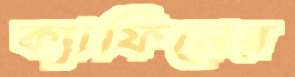
ক্যাফিনের